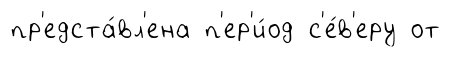
пр'едста́вл'ена п'ер'и́од с'е́в'еру от